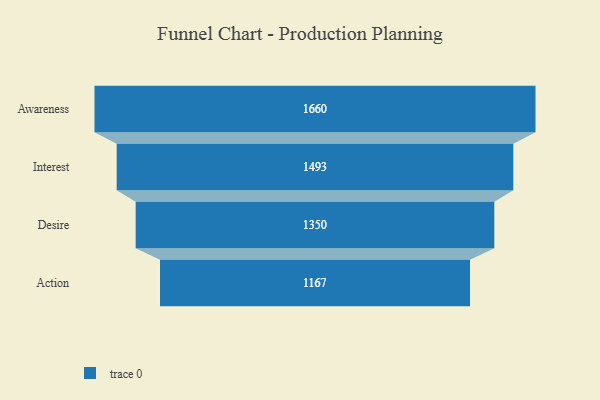
{"axis": {"x": "Stage", "y": "Value"}, "legend": [""], "data": [{"x": "Awareness", "y": 1660.0, "type": ""}, {"x": "Interest", "y": 1493.0, "type": ""}, {"x": "Desire", "y": 1350.0, "type": ""}, {"x": "Action", "y": 1167.0, "type": ""}]}